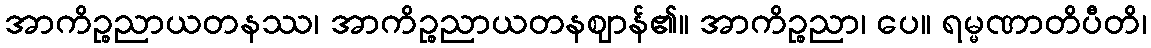
အာကိဉ္စညာယတနဿ၊ အာကိဉ္စညာယတနဈာန်၏။ အာကိဉ္စညာ၊ ပေ။ ရမ္မဏာတိပီတိ၊